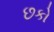
છકો